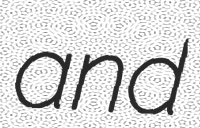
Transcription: and